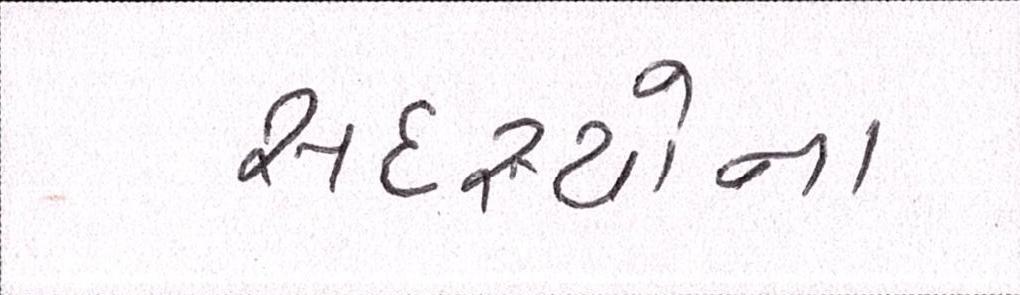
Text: સદસ્યોના